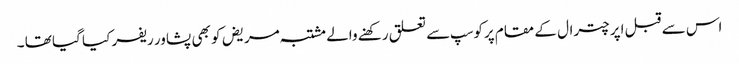
اس سے قبل اپر چترال کے مقام پرکوسپ سے تعلق رکھنے والے مشتبہ مریض کو بھی پشاور ریفر کیا گیا تھا ۔